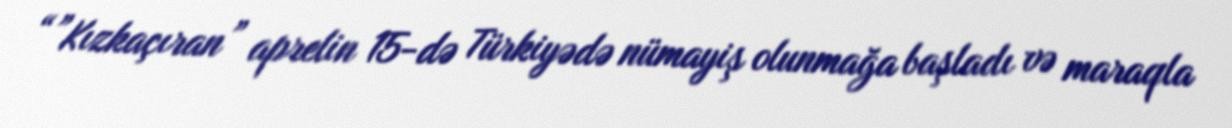
“”Kızkaçıran” aprelin 15-də Türkiyədə nümayiş olunmağa başladı və maraqla